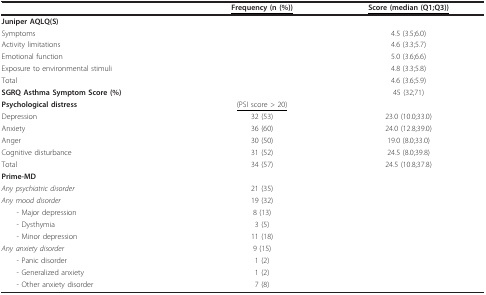
|  | <underline>Frequency (n (%))</underline> | <underline>Score (median (Q1;Q3))</underline> |
 | --- | --- | --- |
 | Juniper AQLQ(S) |  |  |
 | Symptoms |  | 4.5 (3.5;6.0) |
 | Activity limitations |  | 4.6 (3.3;5.7) |
 | Emotional function |  | 5.0 (3.6;6.6) |
 | Exposure to environmental stimuli |  | 4.8 (3.3;5.8) |
 | Total |  | 4.6 (3.6;5.9) |
 | SGRQ Asthma Symptom Score (%) |  | 45 (32;71) |
 | Psychological distress | <underline>(PSI score > 20)</underline> |  |
 | Depression | 32 (53) | 23.0 (10.0;33.0) |
 | Anxiety | 36 (60) | 24.0 (12.8;39.0) |
 | Anger | 30 (50) | 19.0 (8.0;33.0) |
 | Cognitive disturbance | 31 (52) | 24.5 (8.0;39.8) |
 | Total | 34 (57) | 24.5 (10.8;37.8) |
 | Prime-MD |  |  |
 | Any psychiatric disorder | 21 (35) |  |
 | Any mood disorder | 19 (32) |  |
 | - Major depression | 8 (13) |  |
 | - Dysthymia | 3 (5) |  |
 | - Minor depression | 11 (18) |  |
 | Any anxiety disorder | 9 (15) |  |
 | - Panic disorder | 1 (2) |  |
 | - Generalized anxiety | 1 (2) |  |
 | - Other anxiety disorder | 7 (8) |  |